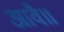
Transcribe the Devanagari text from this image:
आवै॥